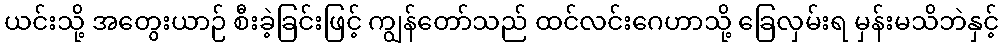
ယင်းသို့ အတွေးယာဉ် စီးခဲ့ခြင်းဖြင့် ကျွန်တော်သည် ထင်လင်းဂေဟာသို့ ခြေလှမ်းရ မှန်းမသိဘဲနှင့်